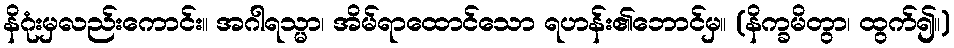
နိဂုံးမှလည်းကောင်း။ အဂါရသ္မာ၊ အိမ်ရာထောင်သော ရဟန်း၏ဘောင်မှ။ (နိက္ခမိတွာ၊ ထွက်၍။)